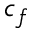
c _ { f }